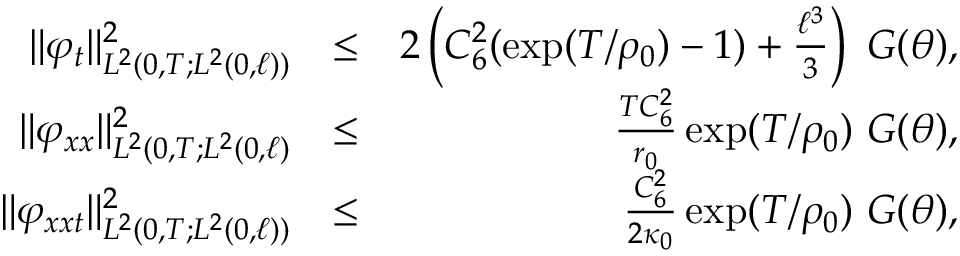
\begin{array} { r l r } { \Vert \varphi _ { t } \Vert _ { L ^ { 2 } ( 0 , T ; L ^ { 2 } ( 0 , \ell ) ) } ^ { 2 } } & { \leq } & { 2 \left( C _ { 6 } ^ { 2 } ( \exp ( T / \rho _ { 0 } ) - 1 ) + \frac { \ell ^ { 3 } } { 3 } \right) \ G ( \theta ) , } \\ { \Vert \varphi _ { x x } \Vert _ { L ^ { 2 } ( 0 , T ; L ^ { 2 } ( 0 , \ell ) } ^ { 2 } } & { \leq } & { \frac { T C _ { 6 } ^ { 2 } } { r _ { 0 } } \exp ( T / \rho _ { 0 } ) \ G ( \theta ) , } \\ { \Vert \varphi _ { x x t } \Vert _ { L ^ { 2 } ( 0 , T ; L ^ { 2 } ( 0 , \ell ) ) } ^ { 2 } } & { \leq } & { \frac { C _ { 6 } ^ { 2 } } { 2 \kappa _ { 0 } } \exp ( T / \rho _ { 0 } ) \ G ( \theta ) , } \end{array}